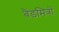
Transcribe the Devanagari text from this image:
बैंडमित्रों